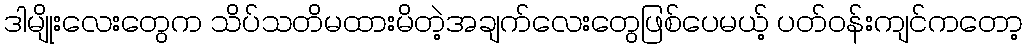
ဒါမျိုးလေးတွေက သိပ်သတိမထားမိတဲ့အချက်လေးတွေဖြစ်ပေမယ့် ပတ်ဝန်းကျင်ကတော့